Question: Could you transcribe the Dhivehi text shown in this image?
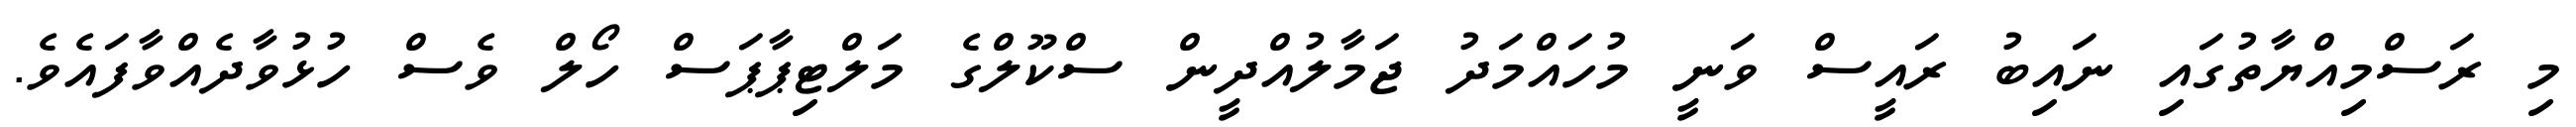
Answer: މި ރަސްމިއްޔާތުގައި ނައިބު ރައީސް ވަނީ މުހައްމަދު ޖަމާލުއްދީން ސްކޫލްގެ މަލްޓިޕާޕަސް ހޯލް ވެސް ހުޅުވާދެއްވާފައެވެ.